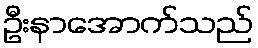
ဦးနာအောက်သည်